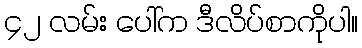
၄၂ လမ်း ပေါ်က ဒီလိပ်စာကိုပါ။